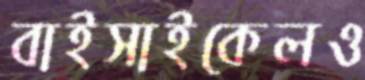
বাইসাইকেলও